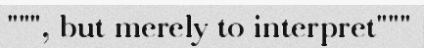
""", but merely to interpret"""